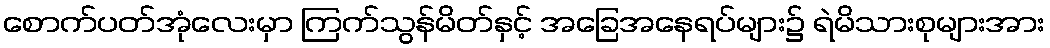
စောက်ပတ်အုံလေးမှာ ကြက်သွန်မိတ်နှင့် အခြေအနေရပ်များ၌ ရဲမိသားစုများအား